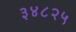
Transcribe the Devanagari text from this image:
३४८२५